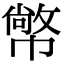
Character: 幤